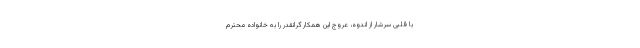
با قلبی سرشار از اندوه، عروج این همکار گرانقدر را به خانواده محترم